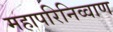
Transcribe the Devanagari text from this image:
महापरिनिव्वाण